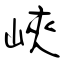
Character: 峽